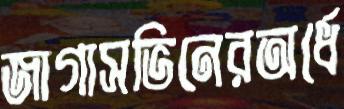
জাগাসভিনেরঅর্ধে